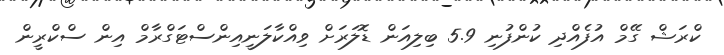
ކްރަޝް ގޭމް އުފެއްދި ކުންފުނި 5.9 ބިލިއަން ޑޮލަރަށް ވިއްކާލަނީއިންސްޓަގްރާމް އިން ސްކްރީން